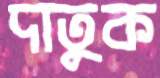
দাতুক